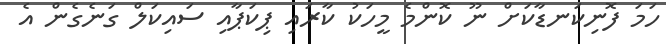
ހަމަ ފޮނިކަނޑާކަށް ނޫ ކޮންމެ މީހަކު ކާރައި ޕިކަޕާއި ސައިކަލް ގަނެގެން އެ